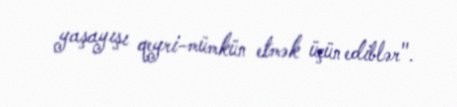
yaşayışı qeyri-mümkün etmək üçün ediblər".